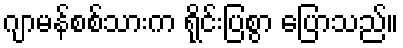
ဂျာမန်စစ်သားက ရိုင်းပြစွာ ပြောသည်။